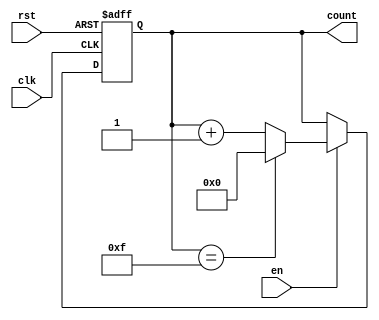
module MemoryBlocksBinaryCounter #(
    parameter WIDTH = 4,            // Number of bits for the counter
    parameter INITIAL_VALUE = 0,    // Initial value of the counter
    parameter MAX_VALUE = (1 << WIDTH) - 1 // Maximum value based on width
)(
    input wire clk,                 // Clock input
    input wire rst,                 // Asynchronous reset
    input wire en,                  // Enable signal
    output reg [WIDTH-1:0] count    // Current count output
);

    // Always block for synchronous reset and counting
    always @(posedge clk or posedge rst) begin
        if (rst) begin
            // Reset the counter to the initial value
            count <= INITIAL_VALUE;
        end else if (en) begin
            // Increment the counter if enabled
            if (count == MAX_VALUE) begin
                count <= INITIAL_VALUE; // Roll over to initial value
            end else begin
                count <= count + 1; // Increment the counter
            end
        end
    end

endmodule